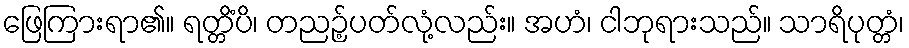
ဖြေကြားရာ၏။ ရတ္တိံပိ၊ တညဉ့်ပတ်လုံ့လည်း။ အဟံ၊ ငါဘုရားသည်။ သာရိပုတ္တံ၊